Papers set at the Examination for Leaving Certificates, 1893
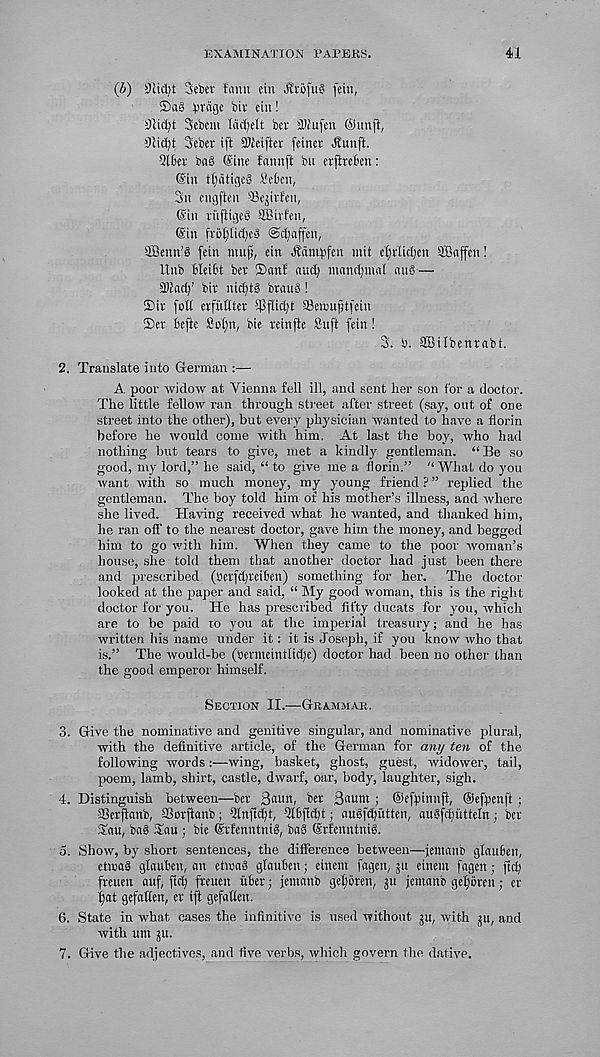
EXAMINATION TAPERS.
41
(6) Diidit Seber taint etn .fttufug fein,
®«§ ^rdgc biv eiit!
5)tid^t Scbent tdctjelt bev 3)iufeu @unft,
Seber ift 3)ieifter feiner Jlunft.
Qtbev bag (Sine fannft bu crjtvebcn:
©in tl;dtigeg ScOen,
3n cngften 5Sejir?en,
©in viiftigeg SBivfen,
©in fv5tyiid;eg @d;affen,
SBenn’g fcin ntnjj, ein Hdntt'fen mit e^ilidpen ©affen!
Unb Meibt ber ®anf and; ntand;mal «u6 —
2)Jad)’ biv nidjtS bvaug!
®iv fad evfntttev tPflidjt fflenm(jtfein
®ev Bcftc 8oI)n, bie veinfte Snft fein!
3. 'o. ©ilbenvabt.
2. Translate into German :—
A poor widow at Vienna fell ill, and sent her son for a doctor.
The little fellow ran through street after street (say, out, of one
street into the other), but every physician wanted to have a florin
before he would come with him. At last the boy, who had
nothing but tears to give, met a kindly gentleman. “ Be so
good, my lord,” he said, “ to give me a florin.” “ What do you
want with so much money, my young friend ? ” replied the
gentleman. The boy told him of his mother’s illness, and where
she lived. Having received what he wanted, and thanked him,
he ran off to the nearest doctor, gave him the money, and begged
him to go with him. When they came to the poor woman’s
house, she told them that another doctor had just been there
and prescribed (Sev[ct)Vet6en) something for her. The doctor
looked at the paper and said, “ My good woman, this is the right
doctor for you. He has prescribed fifty ducats for you, which
are to be paid to you at the imperial treasury; and he has
written his name under it: it is Joseph, if you know who that
is.” The would-be (Bevmeintltclg) doctor had been no other than
the good emperor himself.
Section II.—Grammar.
3. Give the nominative and genitive singular, and nominative plural,
with the definitive article, of the German for ant/ ten of the
following words:—wing, basket, ghost, guest, widower, tail,
poem, lamb, shirt, castle, dwarf, oar, body, laughter, sigh.
4. Distinguish between—bev 3tun, bev 3flum ; ©efpimtfi, ©efpenft;
©evflanb, 33ovftanb; 3(nftd)t, Ql6fid)t; augfefutten, augfctjutteln; bev
Tau, ba§ Tatt; bie ©vfenntnig, ba6 ©vfenntnig.
5. Show, by short sentences, the difference between—jemanb glau&eit,
etwaS glaubett, an etoag glauben; einem fagen, ju einem fagett; ftefy
freuen auf, ftcl) fveuen iibev; jeinaub g'efMtf, ju jemanb gefjbven; ev
^at gefaKen, ev ift gefaffen.
6. State in what cases the infinitive is used without ju, with ju, and
with unt ju.
7. Give the adjectives, and five verbs, which govern the dative.